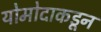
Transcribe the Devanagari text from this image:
योमोदाकडून